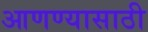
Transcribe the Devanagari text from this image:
आणण्‍यासाठी